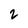
Character: 2